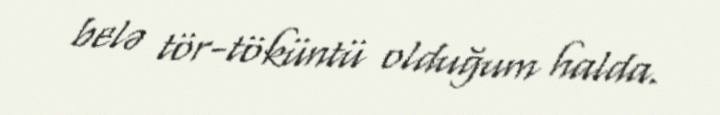
belə tör-töküntü olduğum halda.